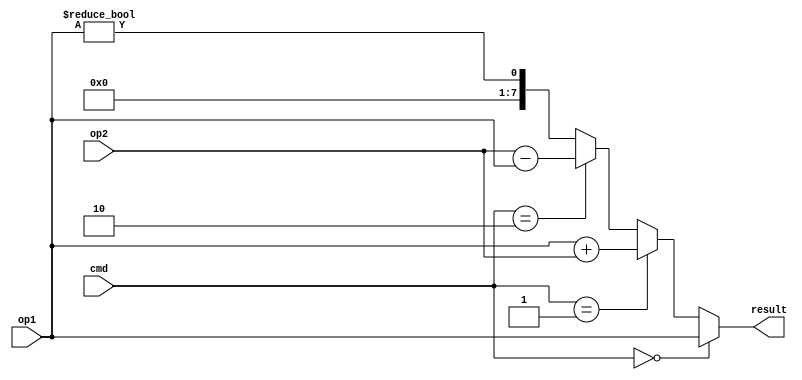
// arithmetic logic unit 
// cmdop1op2result

module alu(cmd, op1, op2, result);

	input [1:0] cmd;
	input [7:0] op1;
	input [7:0] op2;
	output [7:0] result;

	assign result =
		cmd == 2'b00 ? op1:
		cmd == 2'b01 ? op1 + op2:
		cmd == 2'b10 ? op2 - op1:
		{7'b0000000, op1 != 0};

endmodule